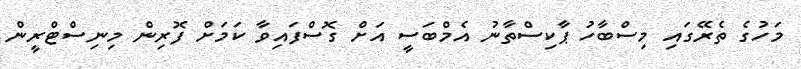
މަހުގެ ތެރޭގައި މިސްބާހު ޕާކިސްތާނު އެމްބަސީ އަށް ގޮސްފައިވާ ކަމަށް ފޮރިން މިނިސްޓްރީން